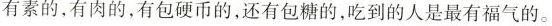
有素的，有肉的，有包硬币的，还有包糖的，吃到的人是最有福气的。